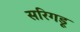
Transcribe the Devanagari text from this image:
सरिगडू